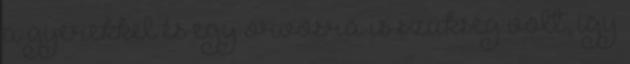
a gyerekkel és egy orvosra is szükség volt, így